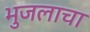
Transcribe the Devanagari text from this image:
भुजलाचा